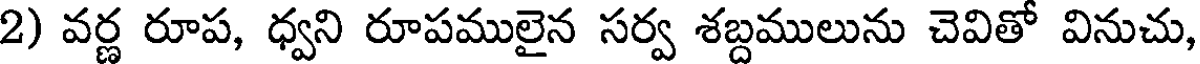
2) వర్ణ రూప, ధ్వని రూపములైన సర్వ శబ్దములును చెవితో వినుచు,